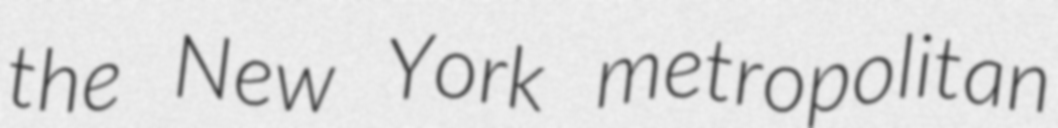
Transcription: the New York metropolitan